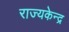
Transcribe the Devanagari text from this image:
राज्यकेन्द्र